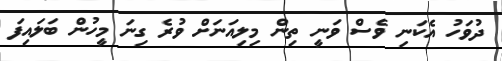
ދުވަހު އެކަނި ވެސް ވަނީ ތިން މިލިއަނަށް ވުރެ ގިނަ މީހުން ބަލައިފަ